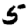
Digit: 5